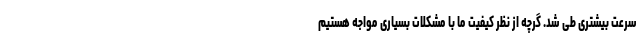
سرعت بیشتری طی شد. گرچه از نظر کیفیت ما با مشکلات بسیاری مواجه هستیم